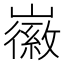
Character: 𡽪